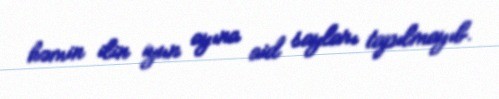
həmin ilin iyun ayına aid sayları tapılmayıb.